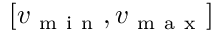
\left[ v _ { \mathrm { ~ m ~ i ~ n ~ } } , v _ { \mathrm { ~ m ~ a ~ x ~ } } \right]